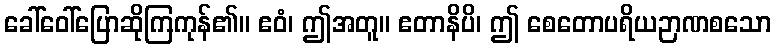
ခေါ်ဝေါ်ပြောဆိုကြကုန်၏။ ဧဝံ၊ ဤအတူ။ ဧတာနိပိ၊ ဤ စေတောပရိယဉာဏစသော